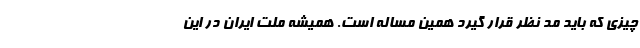
چیزی که باید مد نظر قرار گیرد همین مساله است. همیشه ملت ایران در این